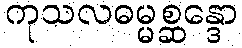
ကုသလဓမ္မစ္ဆန္ဒော